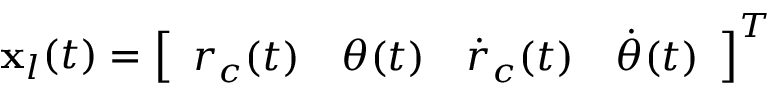
\mathbf { x } _ { l } ( t ) = \left[ \begin{array} { l l l l } { r _ { c } ( t ) } & { \theta ( t ) } & { \dot { r } _ { c } ( t ) } & { \dot { \theta } ( t ) } \end{array} \right] ^ { T }